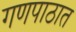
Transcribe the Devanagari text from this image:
गणपाठात